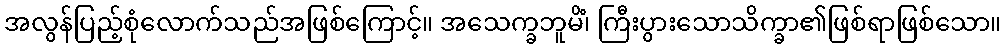
အလွန်ပြည့်စုံလောက်သည်အဖြစ်ကြောင့်။ အသေက္ခဘူမိံ၊ ကြီးပွားသောသိက္ခာ၏ဖြစ်ရာဖြစ်သော။